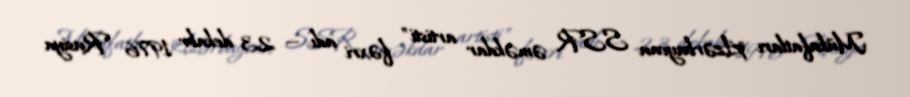
Mükafatları "Azərbaycan SSR əməkdar artisti" fəxri adı — 23 dekabr 1976 "Rusiya